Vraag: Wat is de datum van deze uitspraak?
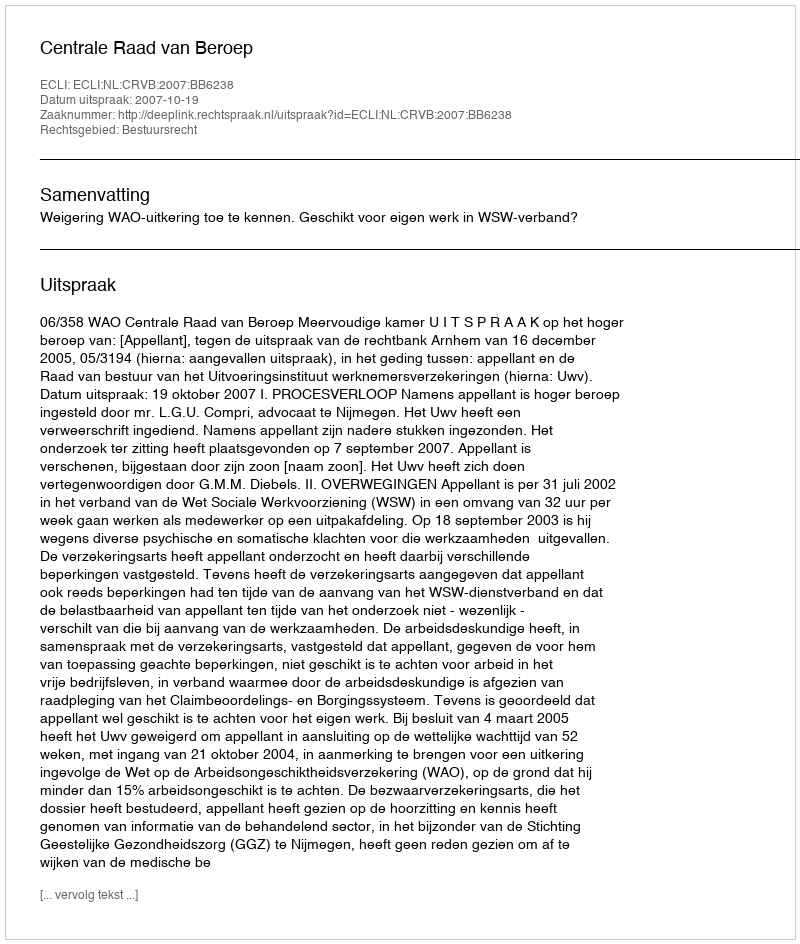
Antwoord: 2007-10-19